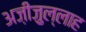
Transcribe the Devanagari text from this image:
अज़ीज़ुल्लाह